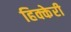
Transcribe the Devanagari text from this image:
हिक्केरी